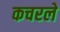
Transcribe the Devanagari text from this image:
कचरले